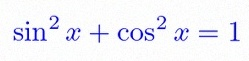
\sin^2x+\cos^2x=1